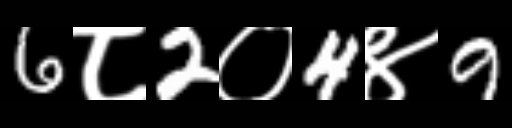
Text: 6८2०4४9